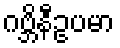
ဂဗ္ဘိနီဥပမာ